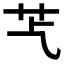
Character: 𦬈